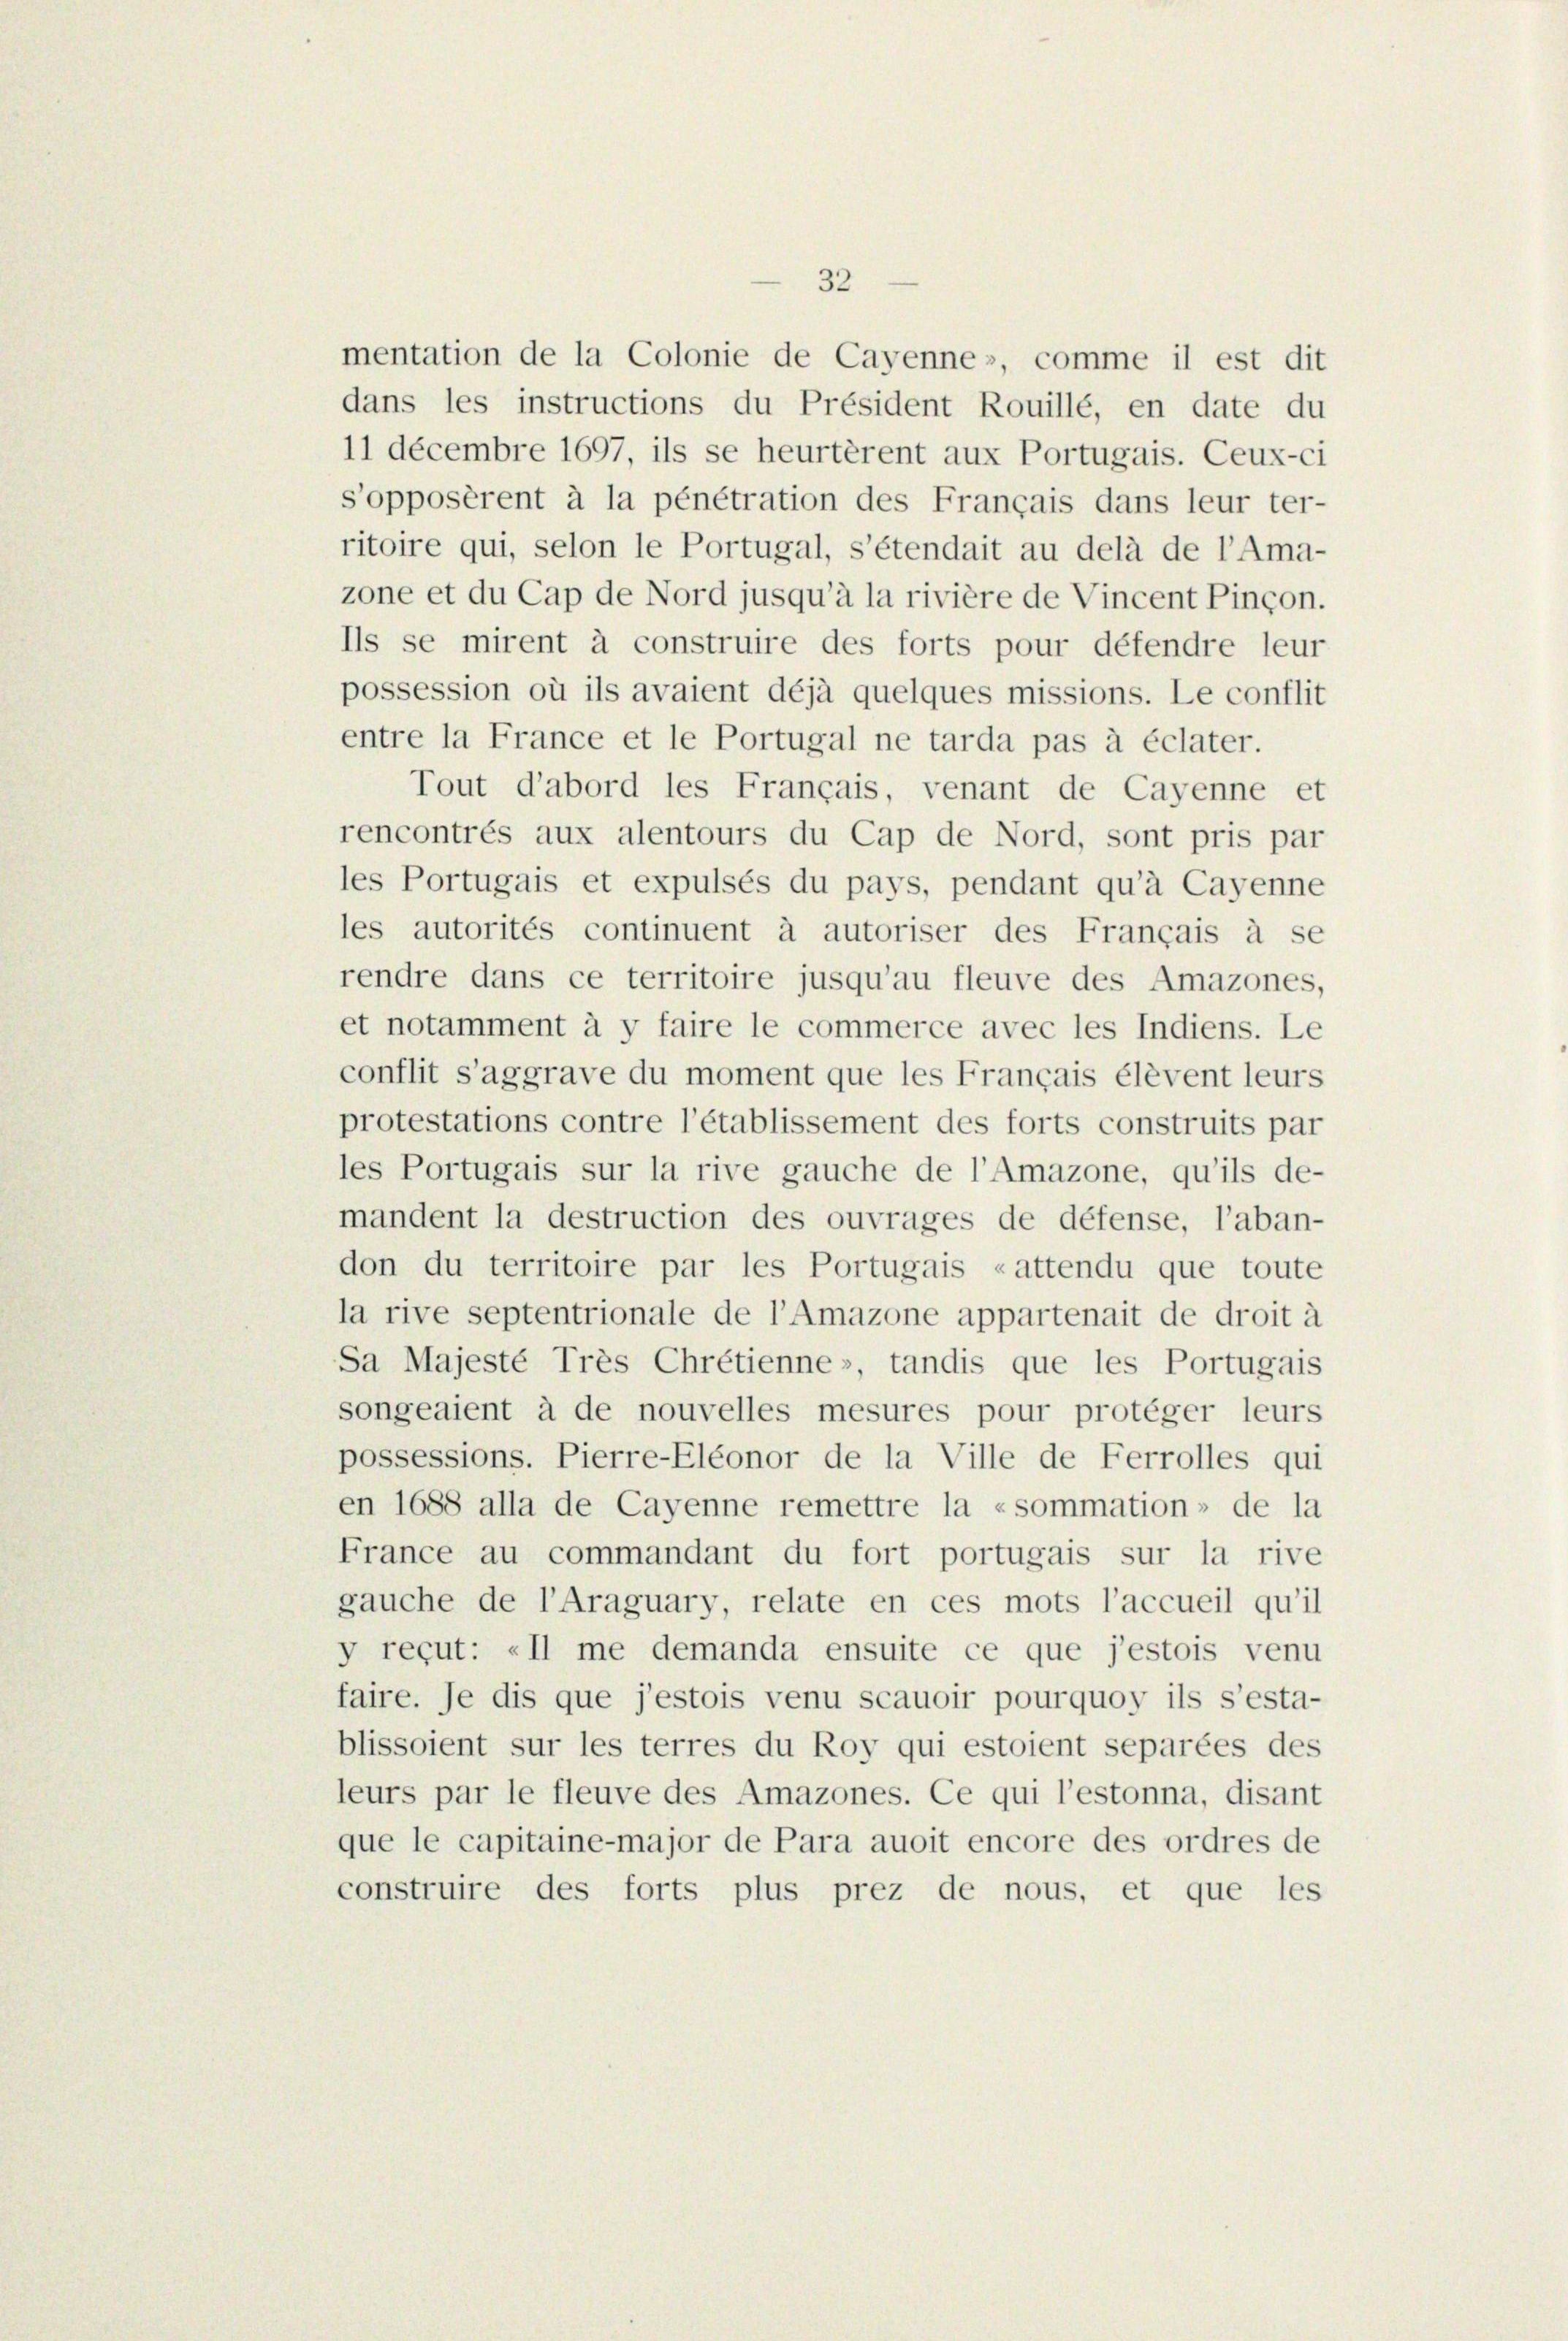
mentation de la Colonie de Cayenne», comme il est dit
dans les instructions du Président Rouillé, en date du
11 décembre 1697, ils se heurtèrent aux Portugais. Ceux-ci
s’opposèrent à la pénétration des Français dans leur ter-
ritoire qui, selon le Portugal, s’étendait au delà de l’Ama-
zone et du Cap de Nord jusqu’à la rivière de Vincent Pinçon.
Ils se mirent à construire des forts pour défendre leur
possession où ils avaient déjà quelques missions. Le conflit
entre la France et le Portugal ne tarda pas à éclater.
Tout d’abord les Français, venant de Cayenne et
rencontrés aux alentours du Cap de Nord, sont pris par
les Portugais et expulsés du pays, pendant qu’à Cayenne
les autorités continuent à autoriser des Français à se
rendre dans ce territoire jusqu’au fleuve des Amazones,
et notamment à y faire le commerce avec les Indiens. Le
conflit s’aggrave du moment que les Français élèvent leurs
protestations contre l’établissement des forts construits par
les Portugais sur la rive gauche de l’Amazone, qu’ils de-
mandent la destruction des ouvrages de défense, l’aban-
don du territoire par les Portugais «attendu que toute
la rive septentrionale de l’Amazone appartenait de droit à
Sa Majesté Très Chrétienne», tandis que les Portugais
songeaient à de nouvelles mesures pour protéger leurs
possessions. Pierre-Eléonor de la Ville de Ferrolles qui
en 1688 alla de Cayenne remettre la «sommation» de la
France au commandant du fort portugais sur la rive
gauche de l’Araguary, relate en ces mots l’accueil qu’il
y reçut: »II me demanda ensuite ce que j’estois venu
faire. Je dis que j’estois venu scauoir pourquoy ils s’esta-
blissoient sur les terres du Roy qui estoient separées des
leurs par le fleuve des Amazones. Ce qui l’estonna, disant
que le capitaine-major de Para auoit encore des ordres de
construire des forts plus prez de nous, et que les